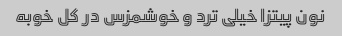
نون پیتزا خیلی ترد و خوشمزس در کل خوبه